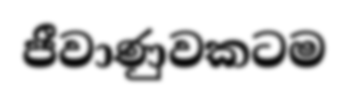
ජීවාණුවකටම